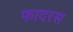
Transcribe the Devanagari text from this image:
फादरस